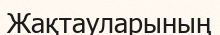
Жақтауларының